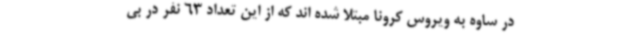
در ساوه به ویروس کرونا مبتلا شده اند که از این تعداد 63 نفر در بی